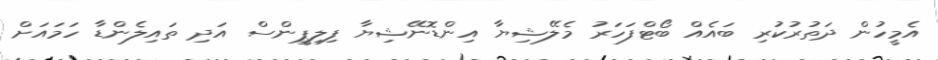
އެމީހުން ދަތުރުކުރި ބައެއް ބޯޓްފަހަރު މެލޭޝިޔާ އިންޑޮނޭޝިޔާ ފިލިޕީންސް އަދި ތައިލެންޑާ ހަމައަށް